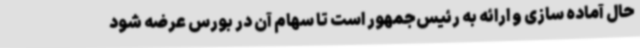
حال آماده سازی و ارائه به رئیس‌جمهور است تا سهام آن در بورس عرضه شود